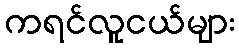
ကရင်လူငယ်များ